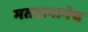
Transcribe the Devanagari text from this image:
मतदानानेच